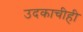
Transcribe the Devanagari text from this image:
उदकाचीही